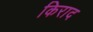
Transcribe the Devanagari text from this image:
किराद